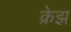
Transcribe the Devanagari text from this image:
क्रेझ